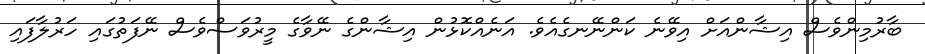
ބާރުމިންވެސް އިޝާންއަށް އިވޭނެ ކަންނޭނގެއެވެ. އަނެއްކޮޅުން އިޝާންގެ ނޭވާގެ މީރުވަސްވެސް ނޭފަތުގައި ހަރުލާފައި